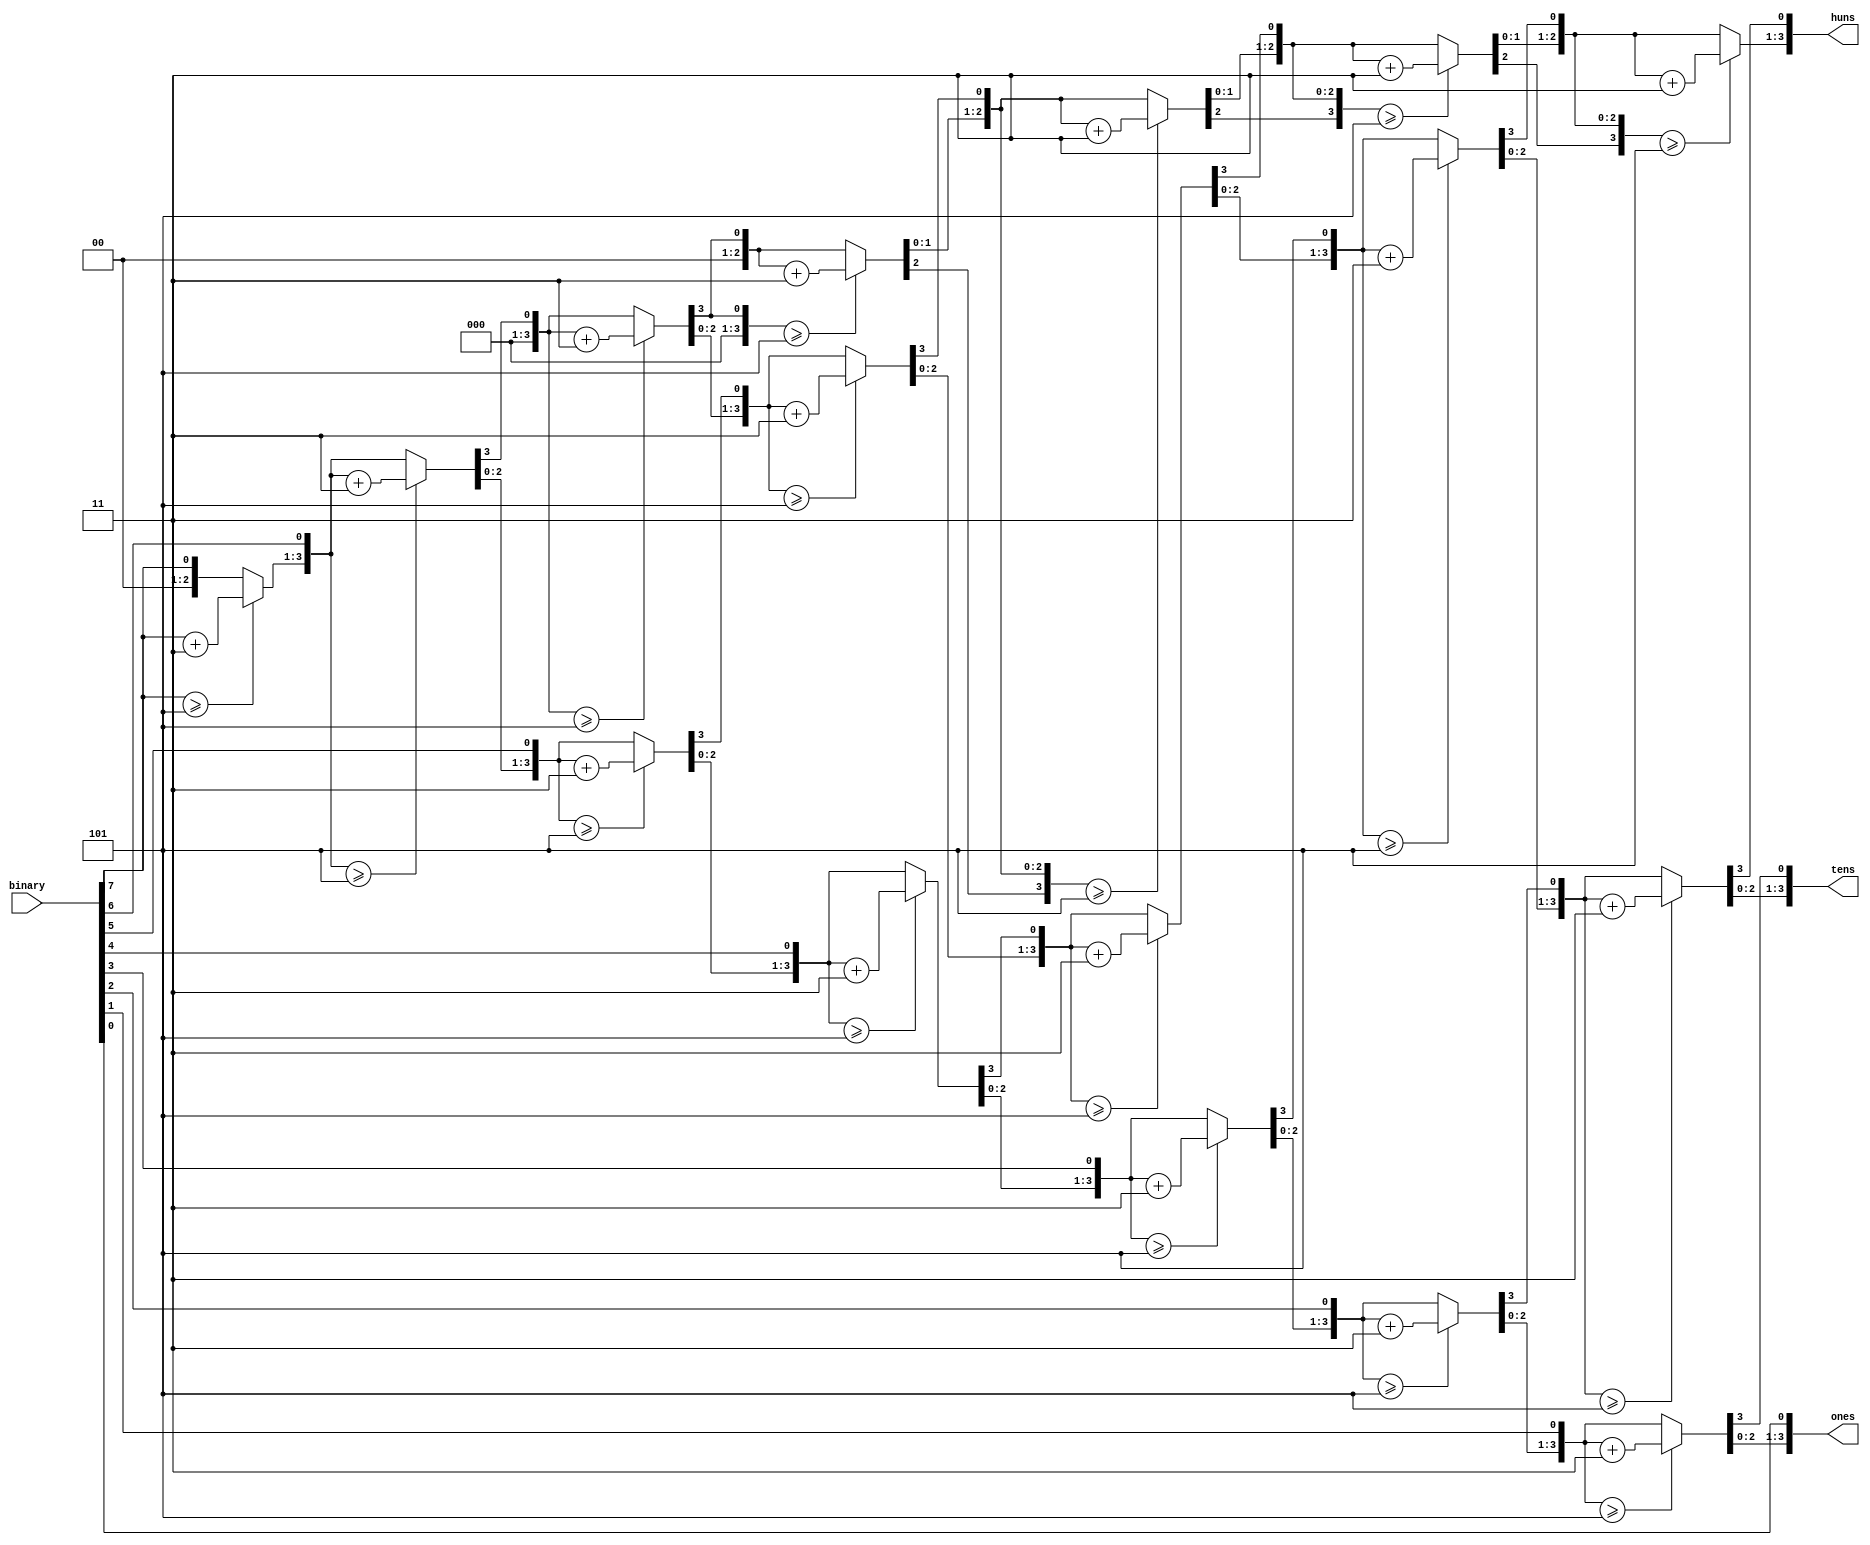
module bin_to_dec (
	input [7:0] binary,
	output reg [3:0] huns,
	output reg [3:0] tens,
	output reg [3:0] ones
	);

	// Concept of decimal to BCD converter taken from: 
	// http://www.eng.utah.edu/~nmcdonal/Tutorials/BCDTutorial/BCDConversion.html
	
	integer count;
	
	always @(binary)	
		begin
			// zero out each binary representation of the decimals	
			huns = 4'd0;
			tens = 4'd0;
			ones = 4'd0;
			
		for ( count = 7; count >=0; count = count-1)
			begin	// first always check to see if three needs to be added to any of the columns
				if (huns >= 5)
					huns = huns + 3;
				if (tens >= 5)
					tens = tens + 3;
				if (ones >= 5)
					ones = ones + 3;

				// now shift everything to the left
				huns = huns << 1;
				huns[0] = tens[3];
				tens = tens << 1;
				tens[0] = ones[3];
				ones = ones << 1;
				ones[0] = binary[count];
			end
		end
endmodule